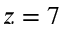
z = 7